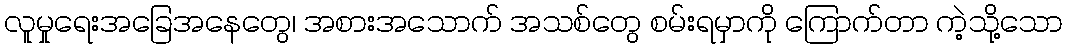
လူမှုရေးအခြေအနေတွေ၊ အစားအသောက် အသစ်တွေ စမ်းရမှာကို ကြောက်တာ ကဲ့သို့သော